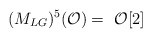
\begin{align*}\hspace*{-9.4cm}(M_{LG})^{5}({\cal{O}})=\ {\cal{O}}[2]\end{align*}